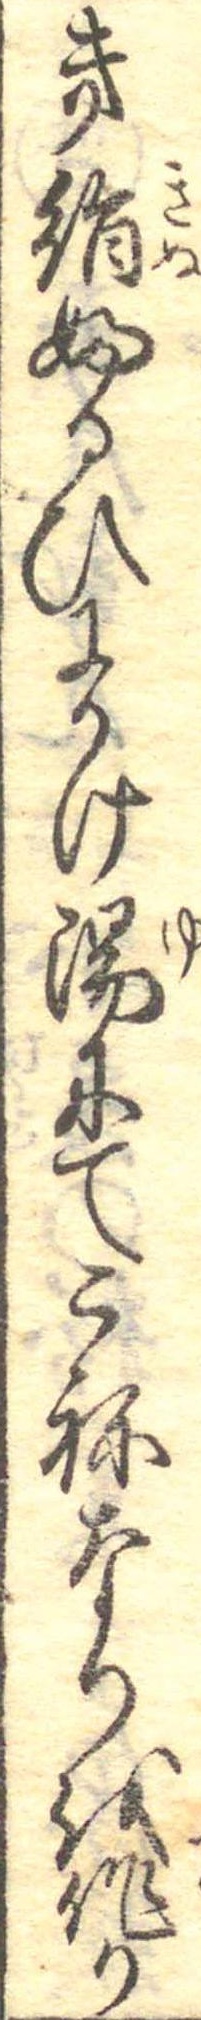
き絹ふるひにかけ湯にてこねなりを作り